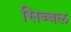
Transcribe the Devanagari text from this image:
सिब्‍बल